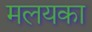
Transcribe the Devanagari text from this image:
मलयका